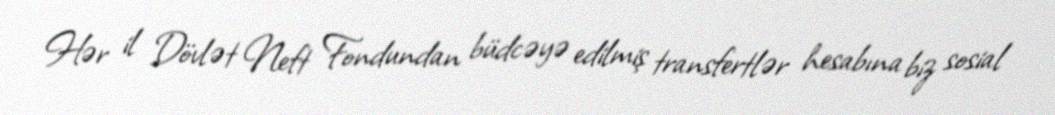
Hər il Dövlət Neft Fondundan büdcəyə edilmiş transfertlər hesabına biz sosial